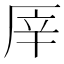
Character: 厗